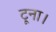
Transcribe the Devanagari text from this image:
टूना।